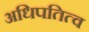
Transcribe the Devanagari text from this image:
अधिपतित्व